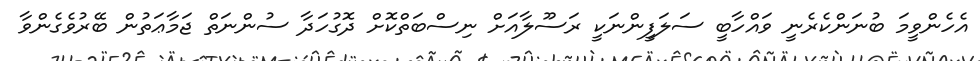
އެހެންވީމަ ބުނަންކެރެނީ ވައްހާބީ ސަލަފީންނަކީ ރަސޫލާއަށް ނިސްބަތްކޮށް ދޮގުހަދާ ސުންނަތް ޖަމާޢަތުން ބޭރުވެގެންވާ